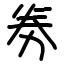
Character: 劵